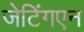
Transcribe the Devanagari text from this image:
जेटिंगएन